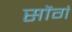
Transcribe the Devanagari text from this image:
सोंगं